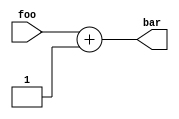
// This program was cloned from: https://github.com/compsec-snu/difuzz-rtl
// License: BSD 3-Clause "New" or "Revised" License

// See LICENSE for license details.
module AdderExtModule(
  input [15:0] foo,
  output [15:0] bar
);
  assign bar = foo + 1;
endmodule